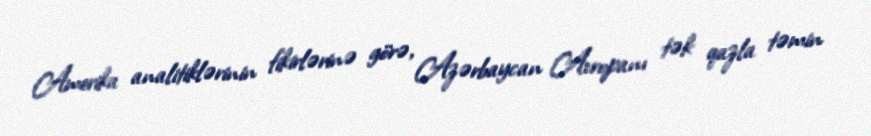
Amerika analitiklərinin fikirlərinə görə, Azərbaycan Avropanı tək qazla təmin